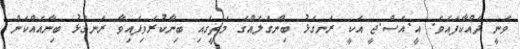
ވަނީ ދައްކާފައެވެ. އީ.އެސް.ޖީ އަކީ ރަނގަޅު ބިންގަލެއްގެ މަތީގައި ބިނާކުރެވިފައިވާ ރަނގަޅު ބިނާއެއްކަން